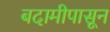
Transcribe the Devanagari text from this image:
बदामीपासून